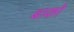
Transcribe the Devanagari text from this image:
बाको